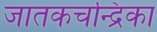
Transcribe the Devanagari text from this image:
जातकचन्द्रिका